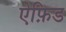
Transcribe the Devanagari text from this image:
ऐफ़िड